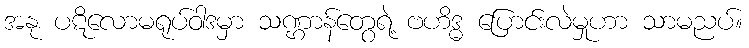
အနု ပဋိလောမရုပ်ဝါဒမှာ သဏ္ဌာန်တွေရဲ့ ဗဟိဒ္ဓ ပြောင်းလဲမှုဟာ သာမညပ်။